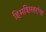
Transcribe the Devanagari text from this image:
हिमशिखरांचा